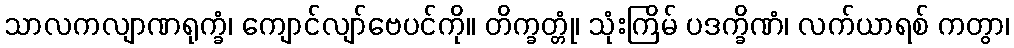
သာလကလျာဏရုက္ခံ၊ ကျောင်လျာ်ဗေပင်ကို။ တိက္ခတ္တုံ၊ သုံးကြိမ် ပဒက္ခိဏံ၊ လက်ယာရစ် ကတွာ၊